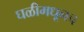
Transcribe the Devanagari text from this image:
घळीमधूनच